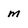
Character: m